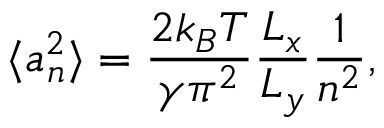
\langle a _ { n } ^ { 2 } \rangle = \frac { 2 k _ { B } T } { \gamma \pi ^ { 2 } } \frac { L _ { x } } { L _ { y } } \frac { 1 } { n ^ { 2 } } ,